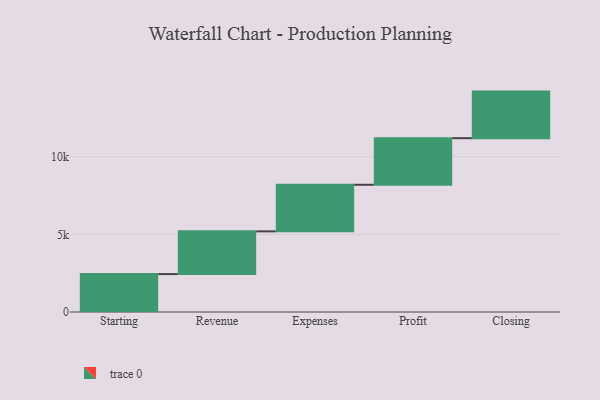
{"axis": {"x": "Step", "y": "Value"}, "legend": [""], "data": [{"x": "Starting", "y": 2442.0, "type": ""}, {"x": "Revenue", "y": 2751.0, "type": ""}, {"x": "Expenses", "y": 3000, "type": ""}, {"x": "Profit", "y": 3000, "type": ""}, {"x": "Closing", "y": 3000, "type": ""}]}